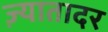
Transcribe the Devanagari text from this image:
ज़्यातादर